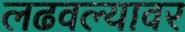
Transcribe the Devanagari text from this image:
लढवल्यावर